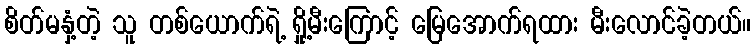
စိတ်မနှံ့တဲ့ သူ တစ်ယောက်ရဲ့ ရှို့မီးကြောင့် မြေအောက်ရထား မီးလောင်ခဲ့တယ်။